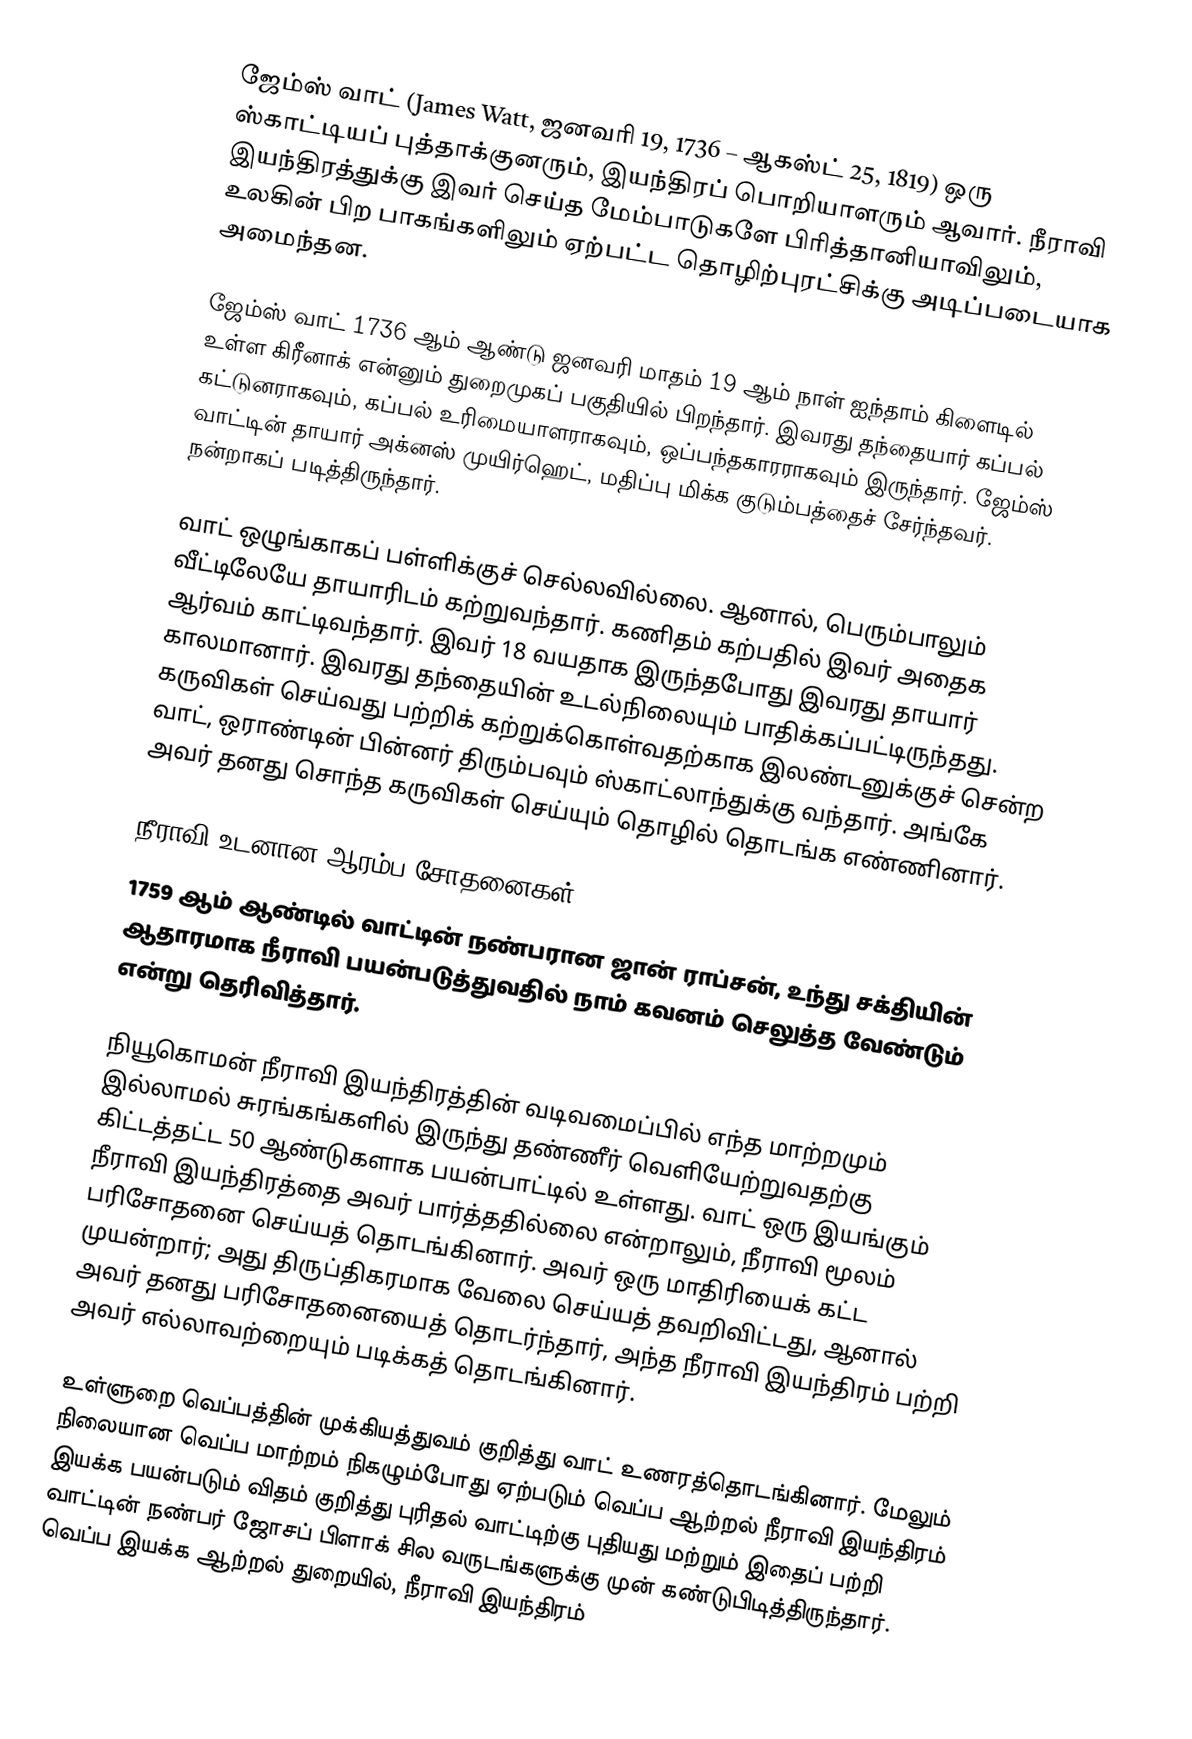
ஜேம்ஸ் வாட் (James Watt, ஜனவரி 19, 1736 – ஆகஸ்ட் 25, 1819) ஒரு ஸ்காட்டியப் புத்தாக்குனரும், இயந்திரப் பொறியாளரும் ஆவார். நீராவி இயந்திரத்துக்கு இவர் செய்த மேம்பாடுகளே பிரித்தானியாவிலும், உலகின் பிற பாகங்களிலும் ஏற்பட்ட தொழிற்புரட்சிக்கு அடிப்படையாக அமைந்தன.

ஜேம்ஸ் வாட் 1736 ஆம் ஆண்டு ஜனவரி மாதம் 19 ஆம் நாள் ஐந்தாம் கிளைடில் உள்ள கிரீனாக் என்னும் துறைமுகப் பகுதியில் பிறந்தார். இவரது தந்தையார் கப்பல் கட்டுனராகவும், கப்பல் உரிமையாளராகவும், ஒப்பந்தகாரராகவும் இருந்தார். ஜேம்ஸ் வாட்டின் தாயார் அக்னஸ் முயிர்ஹெட், மதிப்பு மிக்க குடும்பத்தைச் சேர்ந்தவர். நன்றாகப் படித்திருந்தார்.

வாட் ஒழுங்காகப் பள்ளிக்குச் செல்லவில்லை. ஆனால், பெரும்பாலும் வீட்டிலேயே தாயாரிடம் கற்றுவந்தார். கணிதம் கற்பதில் இவர் அதைக ஆர்வம் காட்டிவந்தார். இவர் 18 வயதாக இருந்தபோது இவரது தாயார் காலமானார். இவரது தந்தையின் உடல்நிலையும் பாதிக்கப்பட்டிருந்தது. கருவிகள் செய்வது பற்றிக் கற்றுக்கொள்வதற்காக இலண்டனுக்குச் சென்ற வாட், ஒராண்டின் பின்னர் திரும்பவும் ஸ்காட்லாந்துக்கு வந்தார். அங்கே அவர் தனது சொந்த கருவிகள் செய்யும் தொழில் தொடங்க எண்ணினார்.

நீராவி உடனான ஆரம்ப சோதனைகள்
1759 ஆம் ஆண்டில் வாட்டின் நண்பரான ஜான் ராப்சன், உந்து சக்தியின் ஆதாரமாக நீராவி பயன்படுத்துவதில் நாம் கவனம் செலுத்த வேண்டும் என்று தெரிவித்தார்.

நியூகொமன் நீராவி இயந்திரத்தின் வடிவமைப்பில் எந்த மாற்றமும் இல்லாமல் சுரங்கங்களில் இருந்து தண்ணீர் வெளியேற்றுவதற்கு கிட்டத்தட்ட 50 ஆண்டுகளாக பயன்பாட்டில் உள்ளது. வாட் ஒரு இயங்கும் நீராவி இயந்திரத்தை அவர் பார்த்ததில்லை என்றாலும், நீராவி மூலம் பரிசோதனை செய்யத் தொடங்கினார். அவர் ஒரு மாதிரியைக் கட்ட முயன்றார்; அது திருப்திகரமாக வேலை செய்யத் தவறிவிட்டது, ஆனால் அவர் தனது பரிசோதனையைத் தொடர்ந்தார், அந்த நீராவி இயந்திரம் பற்றி அவர் எல்லாவற்றையும் படிக்கத் தொடங்கினார்.

உள்ளுறை வெப்பத்தின் முக்கியத்துவம் குறித்து வாட் உணரத்தொடங்கினார். மேலும் நிலையான வெப்ப மாற்றம் நிகழும்போது ஏற்படும் வெப்ப ஆற்றல் நீராவி இயந்திரம் இயக்க பயன்படும் விதம் குறித்து புரிதல் வாட்டிற்கு புதியது மற்றும் இதைப் பற்றி வாட்டின் நண்பர் ஜோசப் பிளாக் சில வருடங்களுக்கு முன் கண்டுபிடித்திருந்தார். வெப்ப இயக்க ஆற்றல் துறையில், நீராவி இயந்திரம்